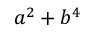
a ^ { 2 } + b ^ { 4 }